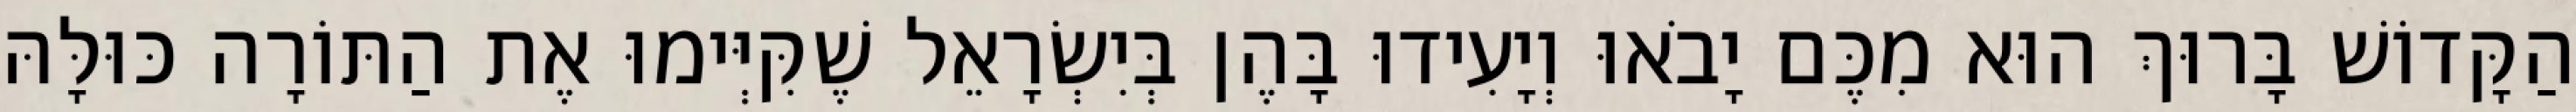
הַקָּדוֹשׁ בָּרוּךְ הוּא מִכֶּם יָבֹאוּ וְיָעִידוּ בָּהֶן בְּיִשְׂרָאֵל שֶׁקִּיְּימוּ אֶת הַתּוֹרָה כּוּלָּהּ